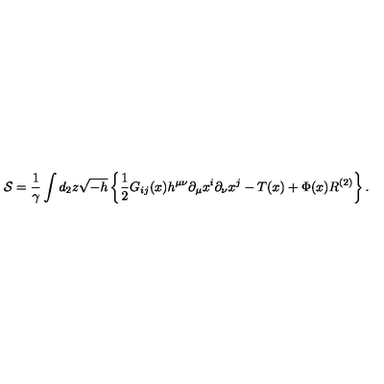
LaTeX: { \cal S } = \frac { 1 } { \gamma } \int d _ { 2 } z \sqrt { - h } \left\{ { \frac { 1 } { 2 } } G _ { i j } ( x ) h ^ { \mu \nu } \partial _ { \mu } x ^ { i } \partial _ { \nu } x ^ { j } - T ( x ) + \Phi ( x ) R ^ { ( 2 ) } \right\} .